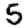
Digit: 5